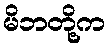
မိဘတို့က